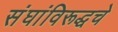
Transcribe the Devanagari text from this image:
संघांविरूद्धचे